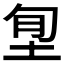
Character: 𡋜